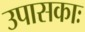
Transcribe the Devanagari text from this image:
उपासकाः